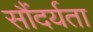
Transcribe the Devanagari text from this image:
सौंदर्यता